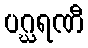
ပဂ္ဃရဏီ